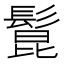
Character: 𩭭